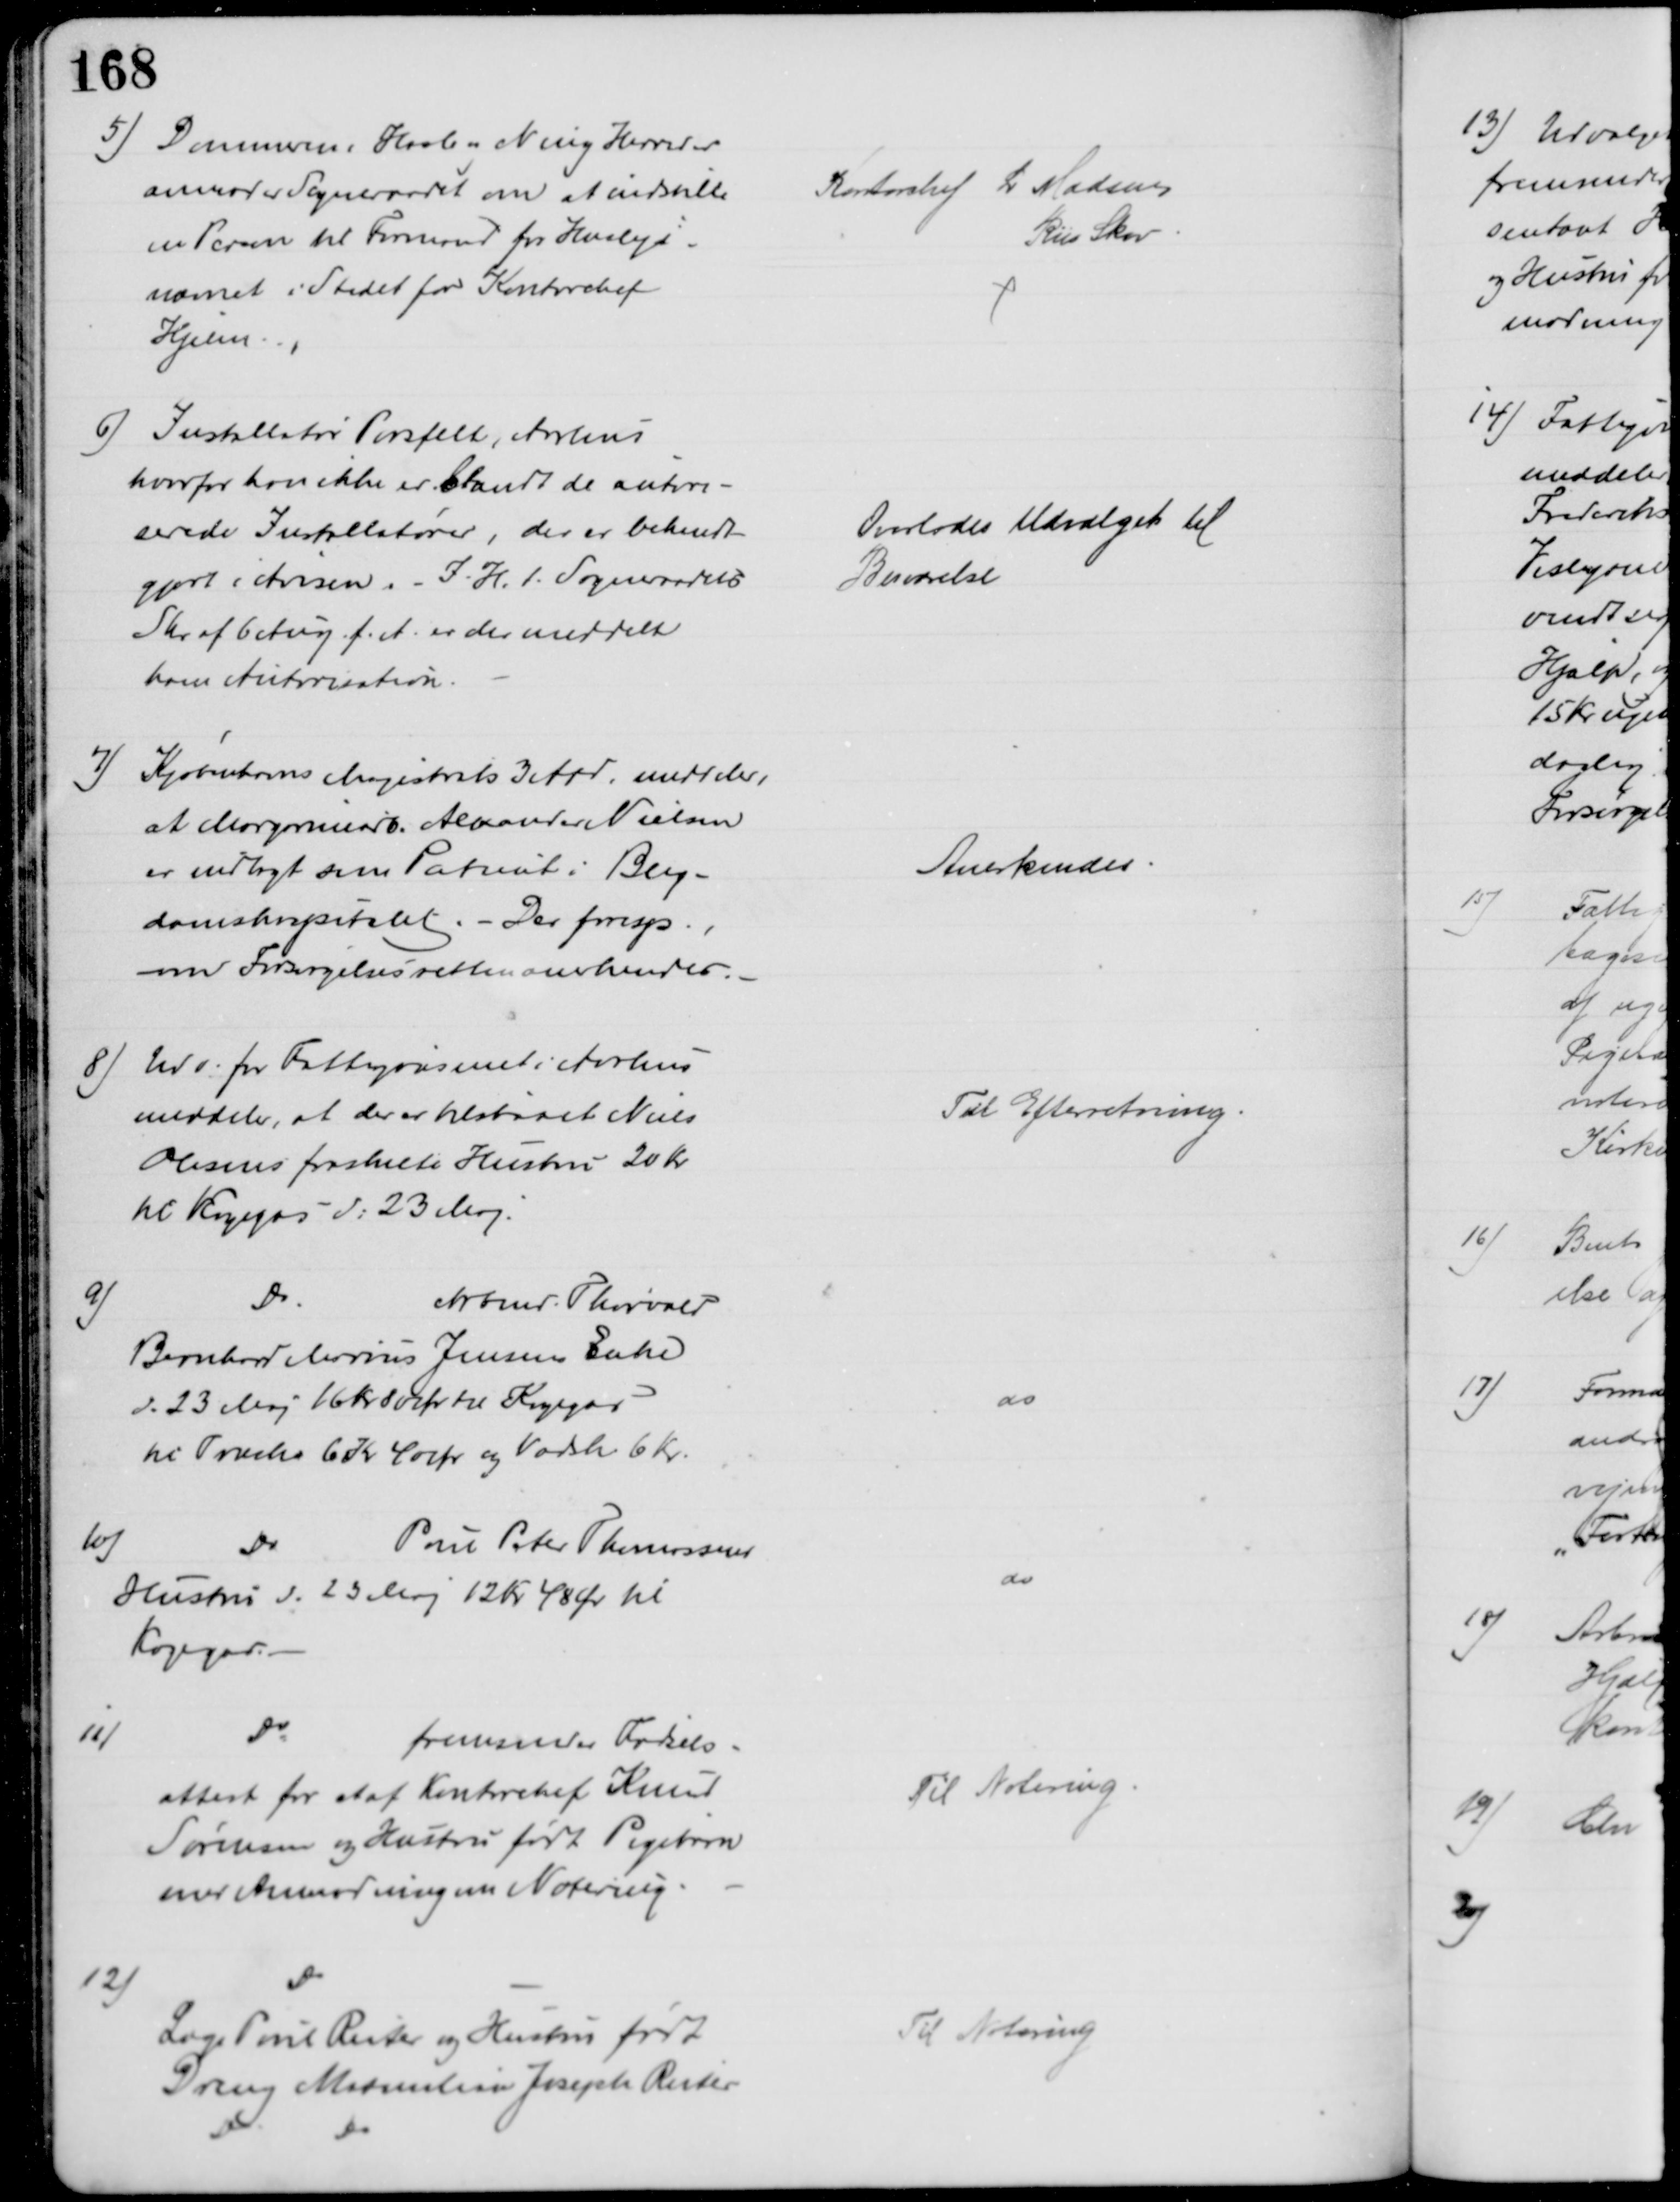
Transskription:
5) Dommeren i Hasle og Ning Herreder
anmoder Sogneraadet om at indstille
en Person til Formand for Husleje-
nævnet i Stedet for Kontorchef
Hjelm
Kontorchef L Madsen
Riis Skov
6) Installatør Porsfelt, Aarhus
hvorfor han ikke er blandt de autori-
serede Installatører, der er bekendt-
gjort i Avisen. - I. H. t. Sogneraadets
Skr. af 6 Aug. f. A. er der meddelt
ham Autorisation
Overlodes Udvalget til 
Besvarelse
7)
Kjøbenhavns Magistrats 3 Afd meddeler,
at Margarinearb. Alexander Nielsen
er indlagt som Patient i Bleg-
damshospitalet. - Der foresp.,
om Forsørgelsesretten anerkendes.
Anerkendes
8) Udv. for Fattigvæsenet i Aarhus
meddeler, at der er tilstaaet Niels
Olesens fraskilte Hustru 20 Kr
til Kogegas d. 23 Maj.
Til Efterretning
9)
Do
Arbmd. Thorvald
Bernhard Marius Jensens Enke
d. 23 Maj 16 Kr 80 Ør til Kogegas
til Træsko 6 Kr 40 Ør og Vadsk 6 Kr.
do
10)
Do
Poul Peter Thomassens
Hustru d. 23 Maj 12 Kr 48 Ør til 
Kogegas. 
do
11)
Do
fremsender Fødsels-
attest for et af Kontorchef Knud
Sørensen og Hustru født Pigebarn
med Anmodning om Notering
Til Notering
12)
Do
Læge Paul Reiter og Hustru født
Dreng Maximilian Joseph Reiter
Do
Do
Til Notering